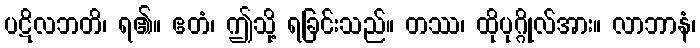
ပဋိလဘတိ၊ ရ၏။ ဧတံ၊ ဤသို့ ရခြင်းသည်။ တဿ၊ ထိုပုဂ္ဂိုလ်အား။ လာဘာနံ၊